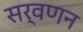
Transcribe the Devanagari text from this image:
सर्वणन